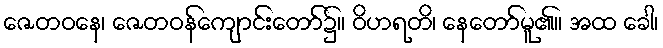
ဇေတဝနေ၊ ဇေတဝန်ကျောင်းတော်၌။ ဝိဟရတိ၊ နေတော်မူ၏။ အထ ခေါ၊